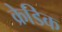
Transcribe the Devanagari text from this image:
क्रेडिक